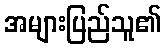
အများပြည်သူ၏